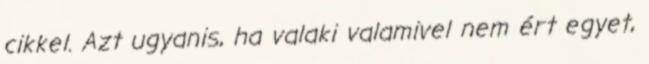
cikkel. Azt ugyanis, ha valaki valamivel nem ért egyet,